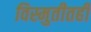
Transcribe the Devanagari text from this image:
विस्मुतीतही